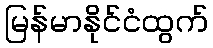
မြန်မာနိုင်ငံထွက်